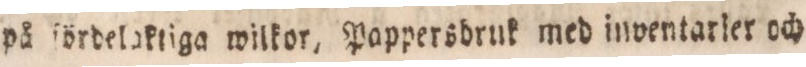
på ſördelaktiga wilkor, Pappersbruk med inventarler och